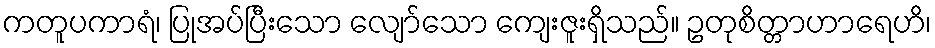
ကတူပကာရံ၊ ပြုအပ်ပြီးသော လျော်သော ကျေးဇူးရှိသည်။ ဥတုစိတ္တာဟာရေဟိ၊